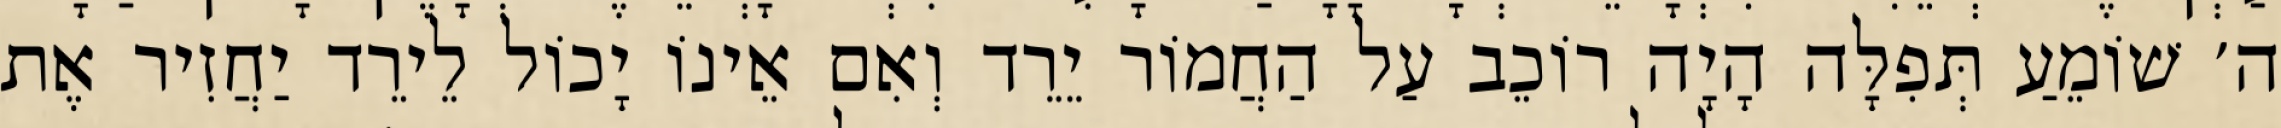
ה׳ שׁוֹמֵעַ תְּפִלָּה הָיָה רוֹכֵב עַל הַחֲמוֹר יֵרֵד וְאִם אֵינוֹ יָכוֹל לֵירֵד יַחֲזִיר אֶת